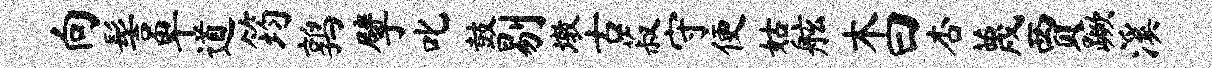
向髻卑道筠鹑擘叱鼓剔墩古菽守便姑舷木曰杏蔑贾蹶溪